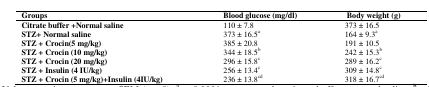
| Groups | Blood glucose (mg/dl) | Body weight (g) |
 | --- | --- | --- |
 | Citrate buffer +Normal saline | 110 ± 7.8 | 373 ± 16.5 |
 | STZ+ Normal saline | 373 ± 16.5a | 164 ± 9.3a |
 | STZ + Crocin(5 mg/kg) | 385 ± 20.8 | 191 ± 10.5 |
 | STZ + Crocin (10 mg/kg) | 344 ± 18.5b | 242 ± 15.3b |
 | STZ + Crocin (20 mg/kg) | 296 ± 15.8c | 289 ± 16.2c |
 | STZ + Insulin (4 IU/kg) | 256 ± 13.4c | 309 ± 14.8c |
 | STZ + Crocin (5 mg/kg)+Insulin (4IU/kg) | 236 ± 13.8cd | 318 ± 16.7cd |